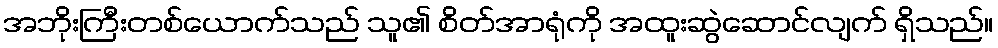
အဘိုးကြီးတစ်ယောက်သည် သူ၏ စိတ်အာရုံကို အထူးဆွဲဆောင်လျက် ရှိသည်။